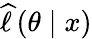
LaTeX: {\widehat{\ell\, }}(\theta\mid x)